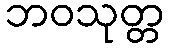
ဘဝသုတ္တ